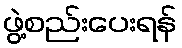
ဖွဲ့စည်းပေးရန်